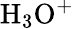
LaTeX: \mathrm{H_{3}O^{+}}